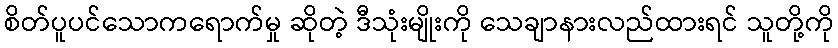
စိတ်ပူပင်သောကရောက်မှု ဆိုတဲ့ ဒီသုံးမျိုးကို သေချာနားလည်ထားရင် သူတို့ကို